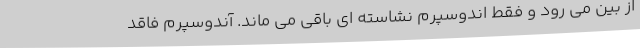
از بین می رود و فقط اندوسپرم نشاسته ای باقی می ماند. آندوسپرم فاقد